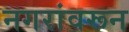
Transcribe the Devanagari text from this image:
नगरांवरून